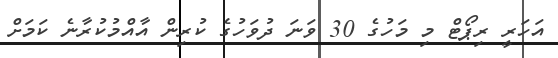
އަހަރީ ރިޕޯޓް މި މަހުގެ 30 ވަނަ ދުވަހުގެ ކުރިން އާއްމުކުރާނެ ކަމަށް